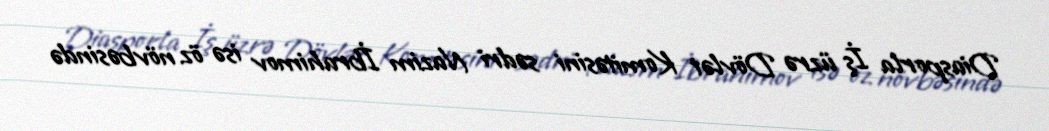
Diasporla İş üzrə Dövlət Komitəsini sədri Nazim İbrahimov isə öz növbəsində